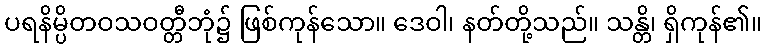
ပရနိမ္ပိတဝသဝတ္တီဘုံ၌ ဖြစ်ကုန်သော။ ဒေဝါ၊ နတ်တို့သည်။ သန္တိ၊ ရှိကုန်၏။